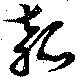
瓠